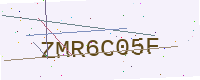
Text: ZMR6C05F